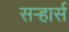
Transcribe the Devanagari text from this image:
सऱ्हार्स